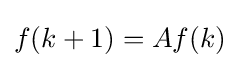
f(k+1)=Af(k)